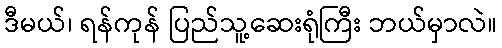
ဒီမယ်၊ ရန်ကုန် ပြည်သူ့ဆေးရုံကြီး ဘယ်မှာလဲ။